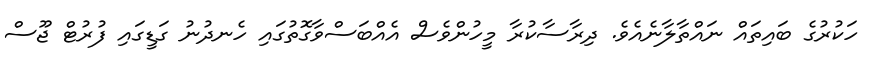
ހަކުރުގެ ބައިތައް ނައްތާލާނެއެވެ. ދިރާސާކުރާ މީހުންވެސް އެއްބަސްވާގޮތުގައި ހެނދުނު ގަޑީގައި ފުރުޓް ޖޫސް